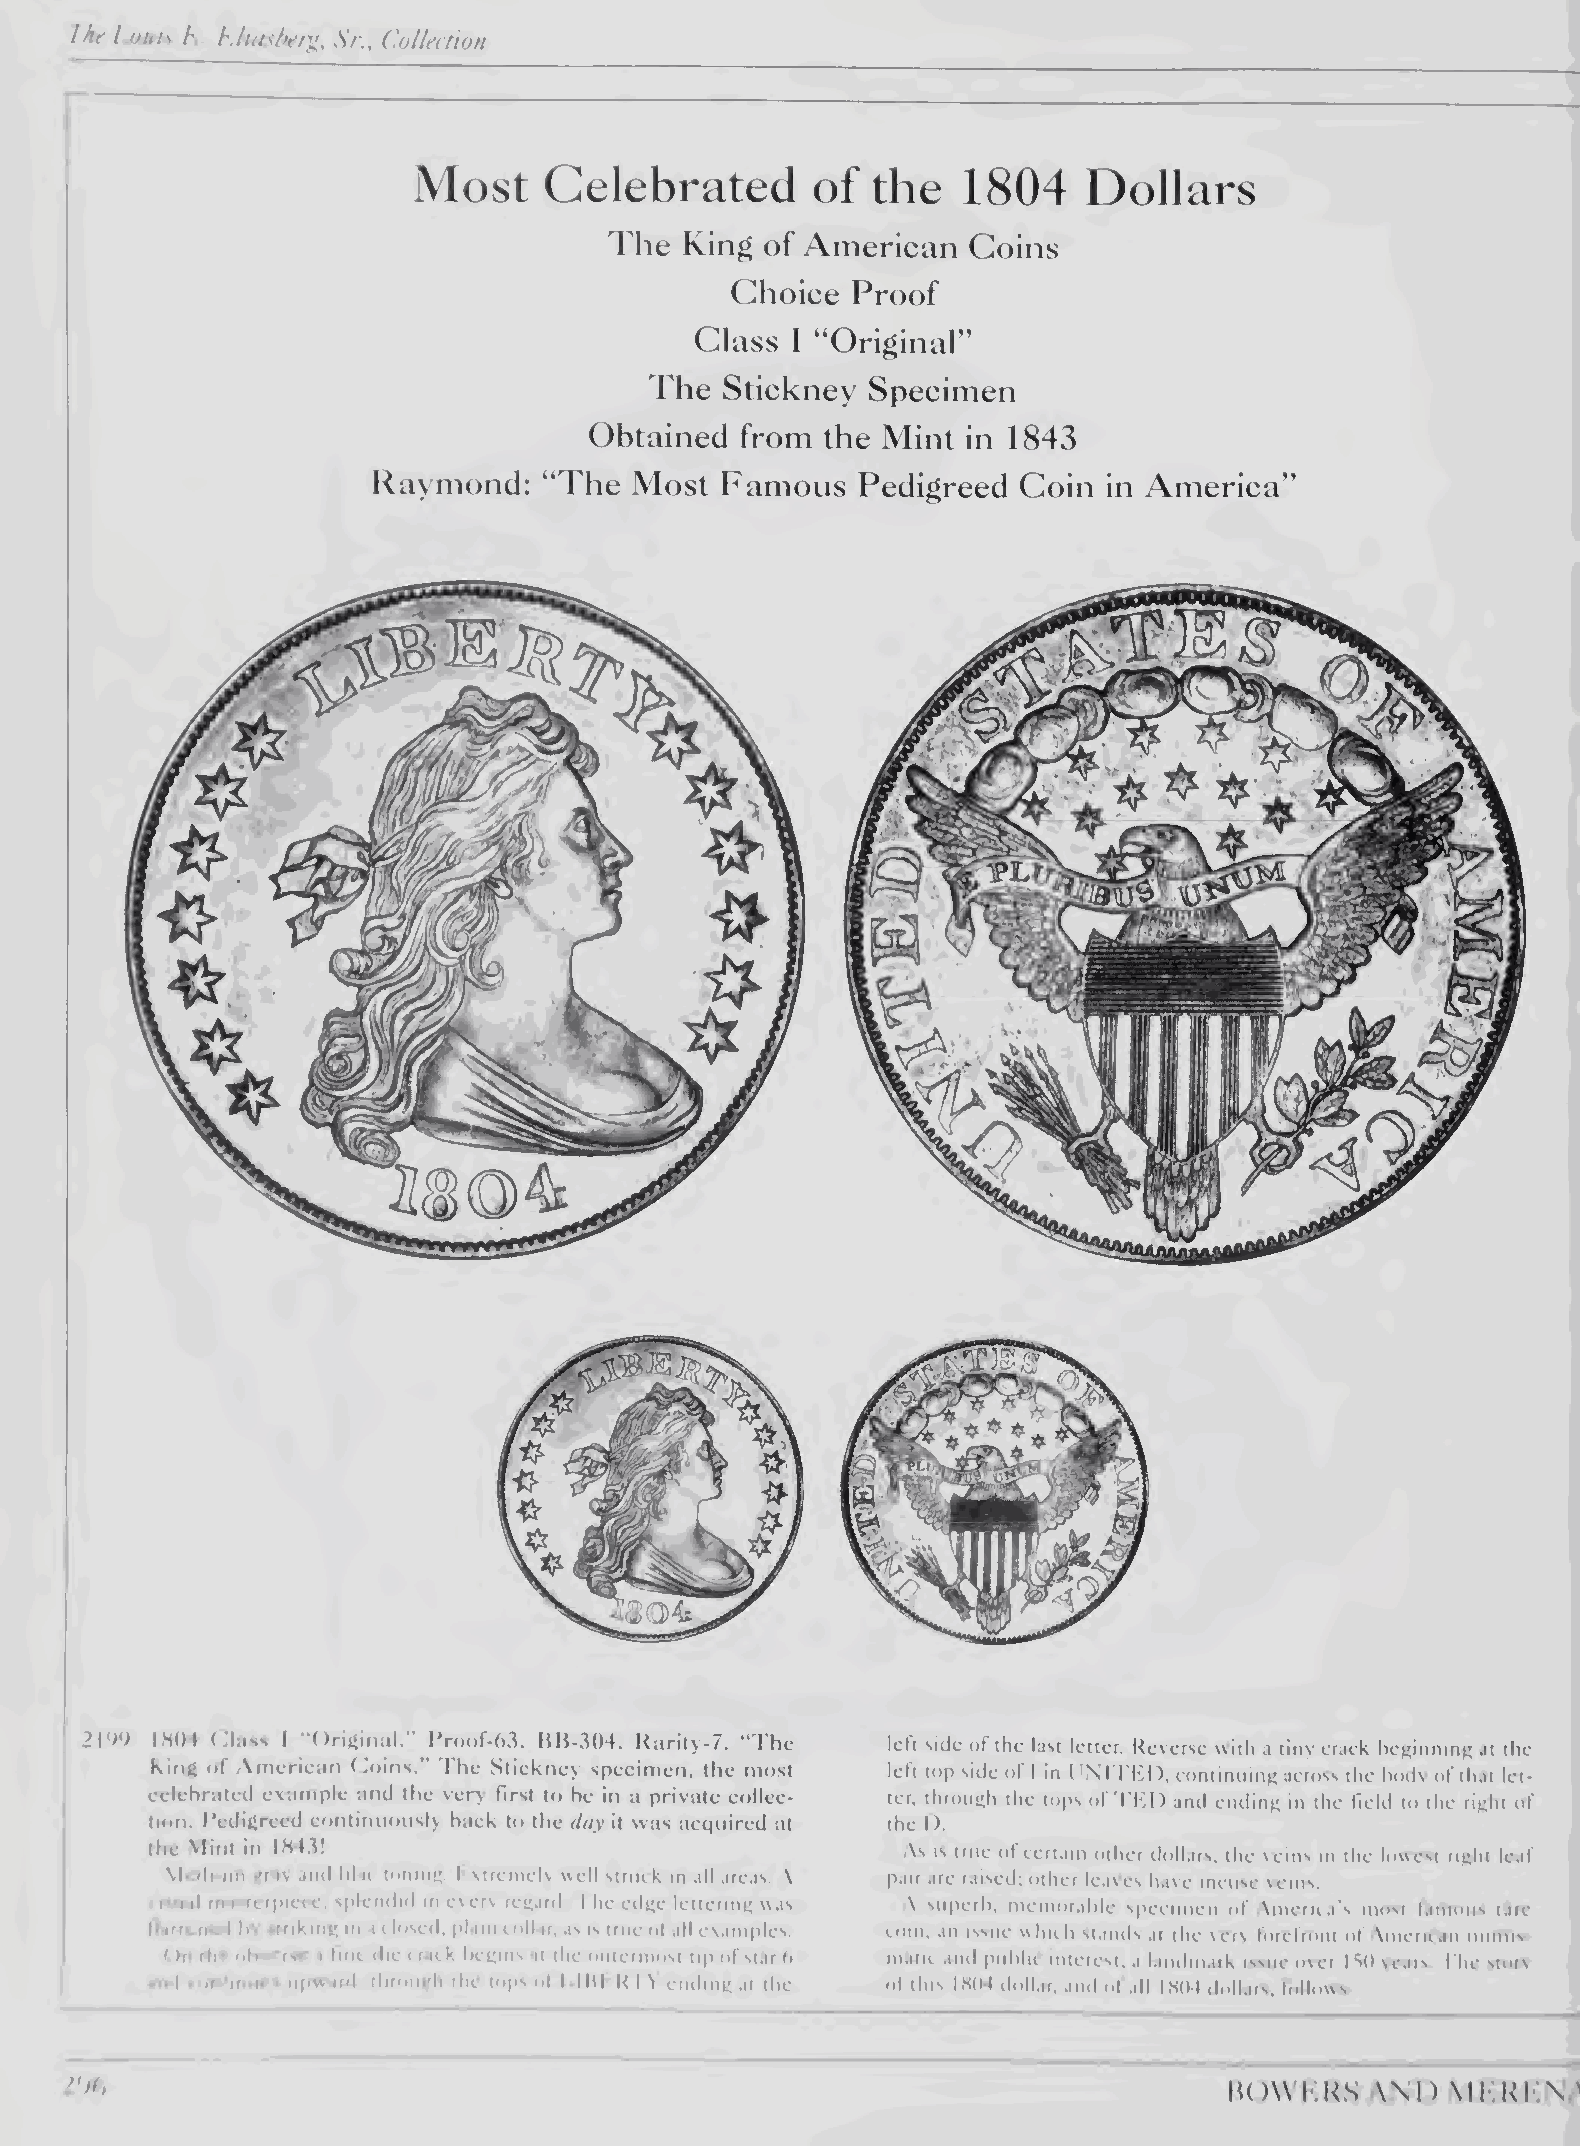
iht l.uuts h. h.ituslh'r'^, Sr., Collection
 Most     Celebrated        of  the   1804    Dollars
 "Fhe King  of American  Goins
 Choice  Proof
 Class I “Original”
 The  Stickney  Specimen
 Obtained  from  the Mint in 1843
 l^aymond:  “The  Most  Famous   Pedigreed Coin  in America”
 21W  IS04 tJIass I "Original.” l*ro<if-63. BH-304. Rarity-7. “'Fhe
 left side of the last letter. Reverse w ith a tiny crack beginning at the
 king of American (..nins.” I he Stickney specimen, the most
 left top side of I in lINri'KI), continuing across the body of that let¬
 celebrated example and the very first to be in a private collec¬
 ter, through the tops of 'I'KI) anti ending in the field to the right tif
 tion. Redigreed contimioiisly back to the day it was acquired at the I).
 the Mint in IH4.t!
 ,\s is true of certain other dollars, the veins in the lowest right leaf
 Medium gfjs jnd lil.ii tonmK Kxtrcmcly well struck in all areas. ,\ pair are raisctl; other leaves have incuse veins.
 vwu.il masterpiece, splendid m every reKard. 'The edge lettering was .'\ superb, memorable specimen of Xmerica’s most famous rare
 nittencd bv striking m a closed, plain collar, as is true of all examples. coin, an issue w hit h stands at the verv forefront of American numis
 ()n the obverse i fine die i r.ii k begins at the outermost tip of st.ir b matii and public interest, a l.mdmatk issue over ISO years The story
 irxl . onfiniics upward, through the tops of MMI.K I V ending at the of this IS04 tlollar, ami of all 1M04 dollars, follows:
 M()\vi<:us AM) \ib:Ki-:\/